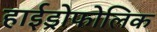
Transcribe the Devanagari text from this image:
हाईड्रोफोलिक